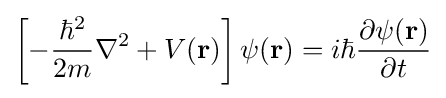
\left[{-{\frac {\hbar ^{2}}{2m}}{\nabla ^{2}}+V({\bf {r}})}\right]\psi ({\bf {r}})=i\hbar {\frac {\partial \psi ({\bf {r}})}{\partial t}}